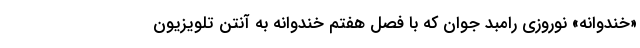
«خندوانه» نوروزی رامبد جوان که با فصل هفتم خندوانه به آنتن تلویزیون